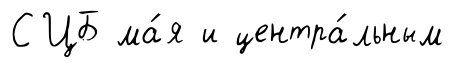
СЦБ ма́я и центра́льным